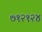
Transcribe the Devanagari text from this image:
७१२१२४